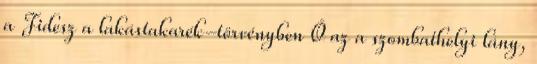
a Fidesz a lakástakarék-törvényben Ő az a szombathelyi lány,